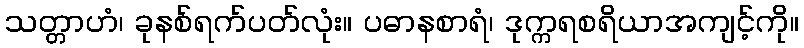
သတ္တာဟံ၊ ခုနစ်ရက်ပတ်လုံး။ ပဓာနစာရံ၊ ဒုက္ကရစရိယာအကျင့်ကို။